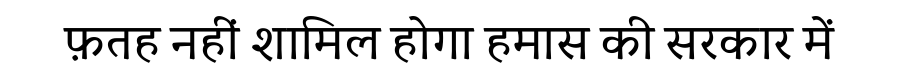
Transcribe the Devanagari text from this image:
फ़तह नहीं शामिल होगा हमास की सरकार में